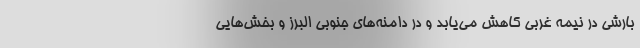
بارشی در نیمه غربی کاهش می‌یابد و در دامنه‌های جنوبی البرز و بخش‌هایی